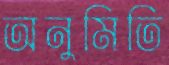
অনুমিতি